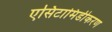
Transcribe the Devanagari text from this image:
एसिटामिडीकरण